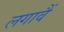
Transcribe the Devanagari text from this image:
लगावैं